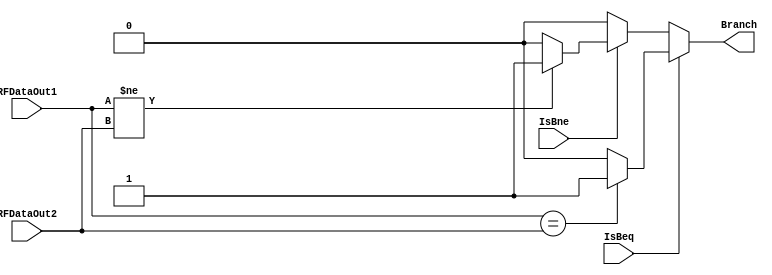
module RsRtIsEqual(IsBeq,IsBne,RFDataOut1,RFDataOut2,Branch);
    input IsBeq;
    input IsBne;
    input[31:0] RFDataOut1;
    input[31:0] RFDataOut2;
    output reg Branch;

    always @(*)
    begin
        if (IsBeq) begin
            if(RFDataOut1==RFDataOut2)
                Branch = 1;
            else
                Branch = 0;
        end else if (IsBne) begin
            if(RFDataOut1!=RFDataOut2)
                Branch = 1;
            else
                Branch = 0;
        end
        else
            Branch = 0;
    end
endmodule